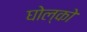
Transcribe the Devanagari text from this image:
घोल्को